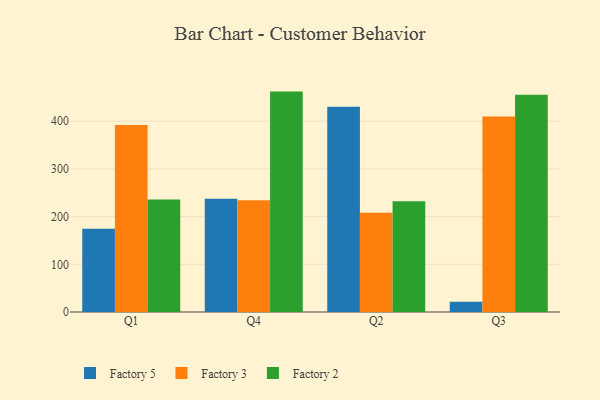
{"axis": {"x": "Quarter", "y": "Market Share (%)"}, "legend": ["Factory 2", "Factory 3", "Factory 5"], "data": [{"x": "Q1", "y": 174.3, "type": "Factory 5"}, {"x": "Q1", "y": 392.2, "type": "Factory 3"}, {"x": "Q1", "y": 235.7, "type": "Factory 2"}, {"x": "Q4", "y": 237.2, "type": "Factory 5"}, {"x": "Q4", "y": 234.4, "type": "Factory 3"}, {"x": "Q4", "y": 462.1, "type": "Factory 2"}, {"x": "Q2", "y": 430.4, "type": "Factory 5"}, {"x": "Q2", "y": 208.0, "type": "Factory 3"}, {"x": "Q2", "y": 232.3, "type": "Factory 2"}, {"x": "Q3", "y": 21.4, "type": "Factory 5"}, {"x": "Q3", "y": 409.8, "type": "Factory 3"}, {"x": "Q3", "y": 455.6, "type": "Factory 2"}]}